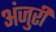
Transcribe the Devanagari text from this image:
अंजुरी